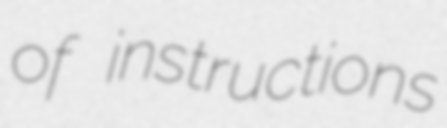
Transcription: of instructions